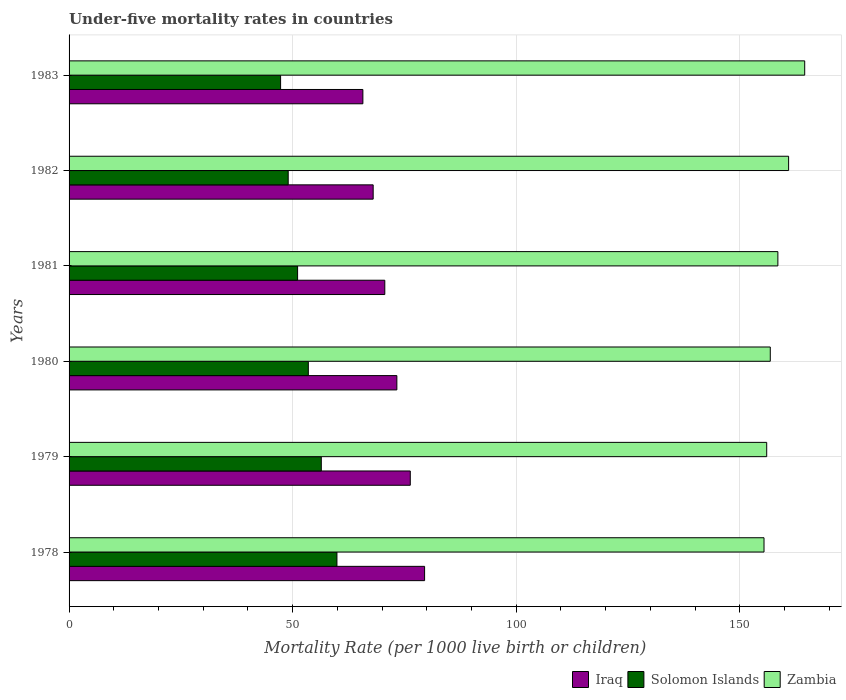
| Years | Iraq | Solomon Islands | Zambia |
 | --- | --- | --- | --- |
 | 1978 | 79.5 | 59.9 | 155 |
 | 1979 | 76.3 | 56.4 | 156 |
 | 1980 | 73.3 | 53.5 | 157 |
 | 1981 | 70.6 | 51.1 | 158 |
 | 1982 | 68 | 49 | 161 |
 | 1983 | 65.7 | 47.3 | 164 |